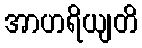
အာဟရိယျတိ